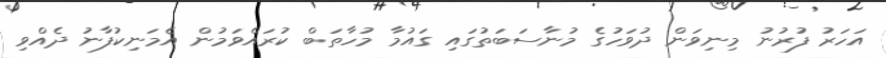
އަހަރު ފުރުނު މިނިވަން ދުވަހުގެ މުނާސަބަތުގައި ގައުމާ މުހާތަބް ކުރައްވަމުން އެމަނިކުފާނު ދެއްވި